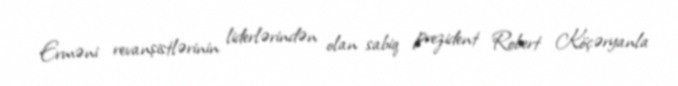
Erməni revanşistlərinin liderlərindən olan sabiq prezident Robert Köçəryanla